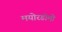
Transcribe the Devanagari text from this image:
मयोरडोमो